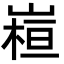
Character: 𭗁